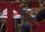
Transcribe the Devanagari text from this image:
इ६२